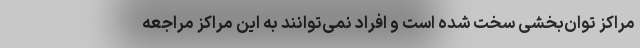
مراکز توان‌بخشی سخت شده است و افراد نمی‌توانند به این مراکز مراجعه